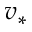
v _ { \ast }